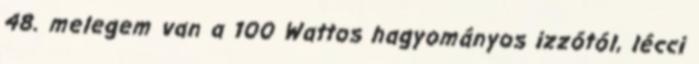
48. melegem van a 100 Wattos hagyományos izzótól, lécci